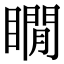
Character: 瞯